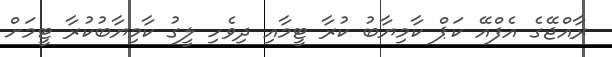
ރާއްޖޭގެ އެފްއޭ ކަޕް ކާމިޔާބު ކުރާ ޓީމާއި ދިވެހި ލީގު ކާމިޔާބުކުރާ ޓީމަށް